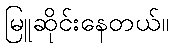
မြူဆိုင်းနေတယ်။